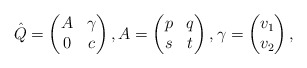
\begin{align*}\hat{Q}=\begin{pmatrix}A&\gamma\\0&c\end{pmatrix}, A=\begin{pmatrix}p&q\\s&t\end{pmatrix},\gamma=\begin{pmatrix} v_1\\v_2\end{pmatrix},\end{align*}